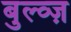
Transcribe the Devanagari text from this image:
बुल्व्ज़